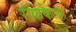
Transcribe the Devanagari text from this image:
रॉकफैलर